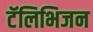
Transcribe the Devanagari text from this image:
टॅलिभिजन